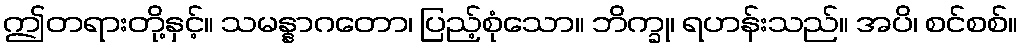
ဤတရားတို့နှင့်။ သမန္နာဂတော၊ ပြည့်စုံသော။ ဘိက္ခု၊ ရဟန်းသည်။ အပိ၊ စင်စစ်။